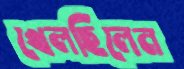
খেলছিলেন